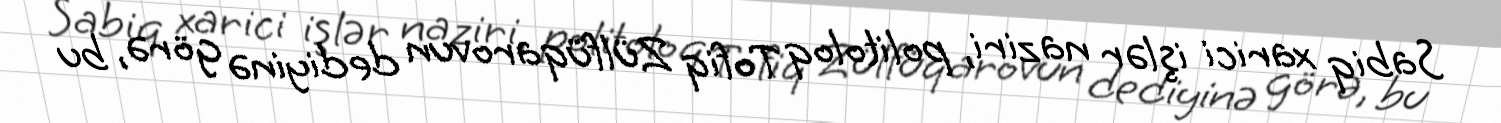
Sabiq xarici işlər naziri, politoloq Tofiq Zülfüqarovun dediyinə görə, bu